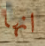
انها